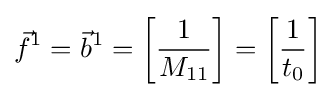
{\vec {f}}^{1}={\vec {b}}^{1}=\left[{1 \over M_{11}}\right]=\left[{1 \over t_{0}}\right]